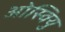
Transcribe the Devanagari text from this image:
ओस्वियु